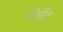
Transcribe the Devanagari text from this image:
लैमेंट